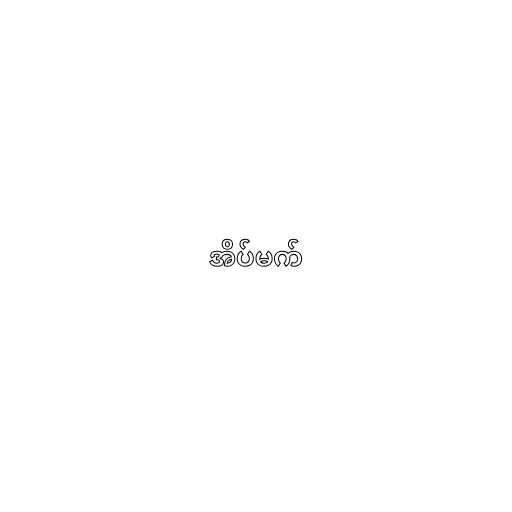
အိပ်မက်